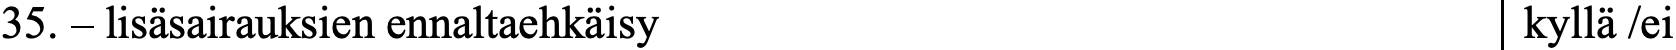
35. – lisäsairauksien ennaltaehkäisy              kyllä /ei